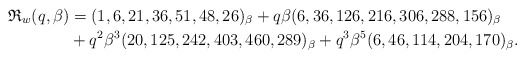
\begin{gather*}\mathfrak{R}_{w}(q,\beta)= (1, 6, 21, 36, 51, 48, 26)_{\beta} +q \beta (6, 36, 126, 216, 306, 288, 156)_{\beta}\\\hphantom{\mathfrak{R}_{w}(q,\beta)=}{}+q^2 \beta^3 (20, 125, 242, 403, 460, 289)_{\beta} +q^3 \beta^5 (6, 46, 114, 204, 170)_{\beta}.\end{gather*}